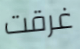
غرقت